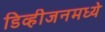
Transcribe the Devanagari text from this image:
डिव्हीजनमध्ये